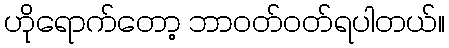
ဟိုရောက်တော့ ဘာဝတ်ဝတ်ရပါတယ်။